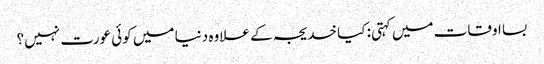
بسا اوقات میں کہتی: کیا خدیجہ کے علاوہ دنیا میں کوئی عورت نہیں؟